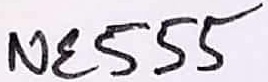
Text: NE555